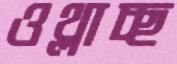
ওথ্‌লাচ্ছ